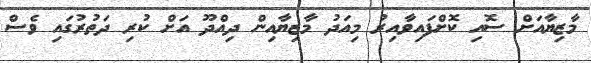
މާޒިޔާއަށް ސޮއި ކޮށްފައިވާއިރު މިއަދު މާޒިޔާއިން ދިއްދޫ އަށް ކުރި ދަތުރުގައި ވެސް